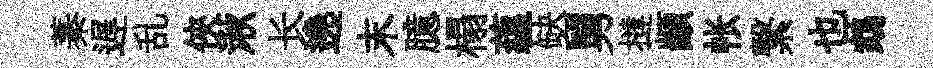
蓁遅乱俠湫长遶末臆榻藴缺舅撻顓帐繋也鵡